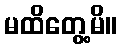
မထိတွေ့မိ။